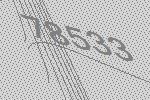
78533